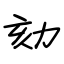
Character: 劾